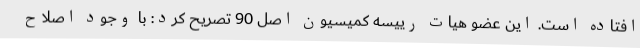
افتاده است. این عضو هیات رییسه کمیسیون اصل 90 تصریح کرد: با وجود اصلاح